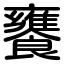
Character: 饔